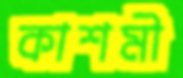
কাশমী